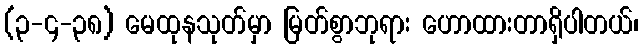
(၃-၄-၃၈) မေထုနသုတ်မှာ မြတ်စွာဘုရား ဟောထားတာရှိပါတယ်၊